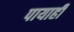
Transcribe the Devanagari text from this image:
पायाही